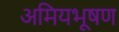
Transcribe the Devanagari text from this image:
अमियभूषण